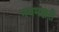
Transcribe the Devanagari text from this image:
नवमञ्जरी